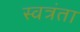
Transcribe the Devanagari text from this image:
स्वत्रंता